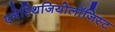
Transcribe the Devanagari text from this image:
एनेस्थिजियोलॉजिस्ट